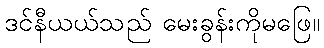
ဒင်နီယယ်သည် မေးခွန်းကိုမဖြေ။